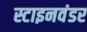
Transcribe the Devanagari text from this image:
स्टाइनवंडर